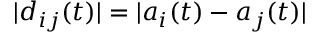
| d _ { i j } ( t ) | = | a _ { i } ( t ) - a _ { j } ( t ) |